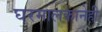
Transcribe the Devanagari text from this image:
घरमालकानेही